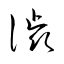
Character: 渋